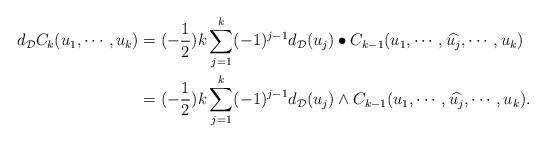
LaTeX: \begin{align*}d_\mathcal{D}C_k(u_1,\cdots,u_k)&=(-\frac{1}{2})k\sum_{j=1}^k(-1)^{j-1}d_\mathcal{D}(u_j)\bullet C_{k-1}(u_1,\cdots,\widehat{u_j},\cdots,u_k) \\&=(-\frac{1}{2})k\sum_{j=1}^k(-1)^{j-1}d_\mathcal{D}(u_j)\wedge C_{k-1}(u_1,\cdots,\widehat{u_j},\cdots,u_k).\end{align*}